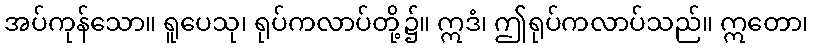
အပ်ကုန်သော။ ရူပေသု၊ ရုပ်ကလာပ်တို့၌။ ဣဒံ၊ ဤရုပ်ကလာပ်သည်။ ဣတော၊